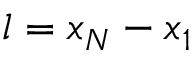
l = x _ { N } - x _ { 1 }